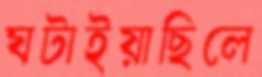
ঘটাইয়াছিলে